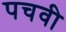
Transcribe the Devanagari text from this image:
पचवी